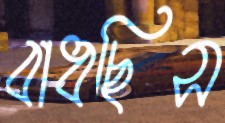
বাধছিস